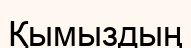
Қымыздың